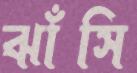
ঝাঁসি